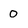
Character: O